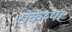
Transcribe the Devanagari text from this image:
रोकेय्या